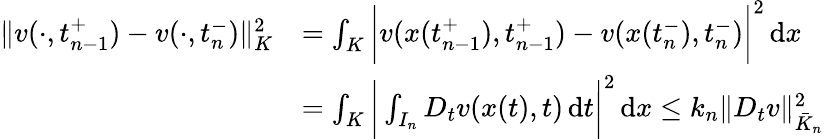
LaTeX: \begin{array}{rl}{\| v(\cdot,t_{n-1}^{+})-v(\cdot,t_{n}^{-})\| _{K}^{2}}&{=\int_{K}\bigg|v(x(t_{n-1}^{+}),t_{n-1}^{+})-v(x(t_{n}^{-}),t_{n}^{-})\bigg|^{2}\, \mathrm{d}x}\\ &{=\int_{K}\bigg|\int_{I_{n}}D_{t}v(x(t),t)\, \mathrm{d}t\bigg|^{2}\, \mathrm{d}x\leq k_{n}\| D_{t}v\| _{\bar{K}_{n}}^{2}}\end{array}